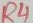
Text: R4